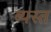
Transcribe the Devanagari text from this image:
ब्यस्त